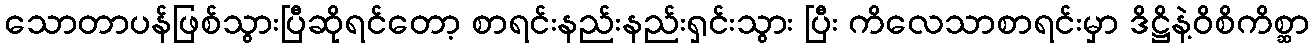
သောတာပန်ဖြစ်သွားပြီဆိုရင်တော့ စာရင်းနည်းနည်းရှင်းသွား ပြီး ကိလေသာစာရင်းမှာ ဒိဋ္ဌိနဲ့ဝိစိကိစ္ဆာ